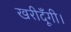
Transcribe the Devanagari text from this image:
खरीदूँगी।